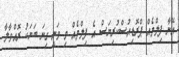
އޭނާ ފިލްމެއް ޕްރޮޑިއުސްކުރިޔަސް އެ ފިލްމެއް މި ވަނީ ގިނަ ބަޔަކު ރޮއްވާލާ